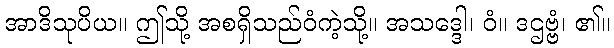
အာဒိသုပိယ။ ဤသို့ အစရှိသည်ဝံကဲ့သို့။ အသဒ္ဒေါ၊ ဝံ။ ဒဌဗ္ဗံ၊ ၏။